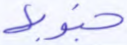
جنوبها